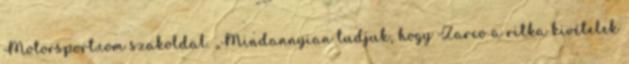
Motorsport.com szakoldal. „Mindannyian tudjuk, hogy Zarco a ritka kivételek